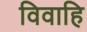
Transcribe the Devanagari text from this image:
विवाहि